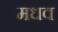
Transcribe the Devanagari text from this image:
मधव